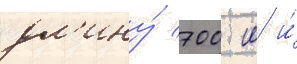
дл'ину́ 700 м и́